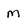
Character: M